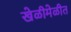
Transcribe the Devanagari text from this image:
खेळीमेळीत